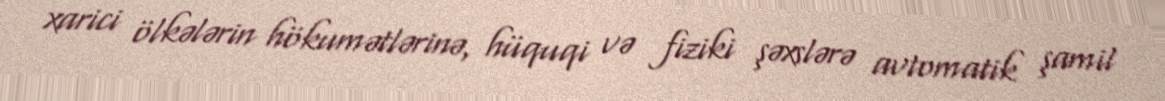
xarici ölkələrin hökumətlərinə, hüquqi və fiziki şəxslərə avtomatik şamil